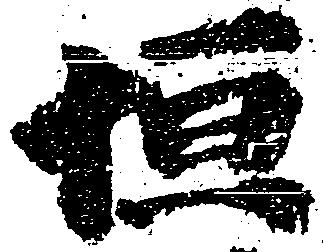
恒